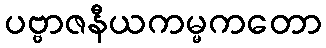
ပဗ္ဗာဇနီယကမ္မကတော